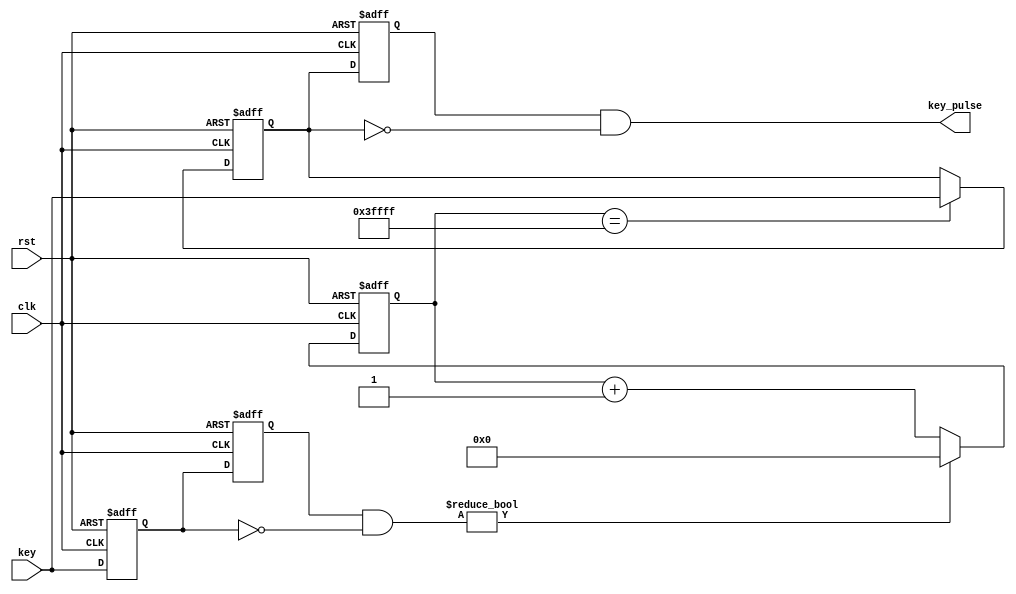
module Key_debounce(clk, rst, key, key_pulse);
	input clk;
	input rst;
	input [1:0] key;
	output [1:0] key_pulse;
	
	reg [1:0] key_rst_pre;
	reg [1:0] key_rst;
	wire [1:0] key_edge;
	
	always @(posedge clk or negedge rst)
		if (!rst) begin
			key_rst <= 2'b00;
			key_rst_pre <= 2'b00;
		end
		else begin
			key_rst <= key;
			key_rst_pre <= key_rst;
		end

	assign  key_edge = key_rst_pre & (~key_rst);

	reg [17:0] cnt;

	always @(posedge clk or negedge rst) begin
		if(!rst)
			cnt <= 18'h0;
		else if(key_edge)
			cnt <= 18'h0;
		else
			cnt <= cnt + 1'h1;
	end

	reg [1:0] key_sec_pre;
	reg [1:0] key_sec;

	always @(posedge clk or negedge rst) begin
	if (!rst)
		key_sec <= 2'b00;
	else if (cnt == 18'h3ffff)
		key_sec <= key;
	end
	
	always @(posedge clk or negedge rst) begin
	if (!rst)
		key_sec_pre <= 2'b00;
	else
		key_sec_pre <= key_sec;
	end
	
	assign key_pulse = key_sec_pre & (~key_sec);

endmodule